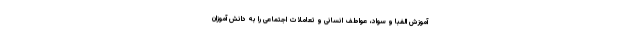
آموزش الفبا و سواد، عواطف انسانی و تعاملات اجتماعی را به دانش آموزان